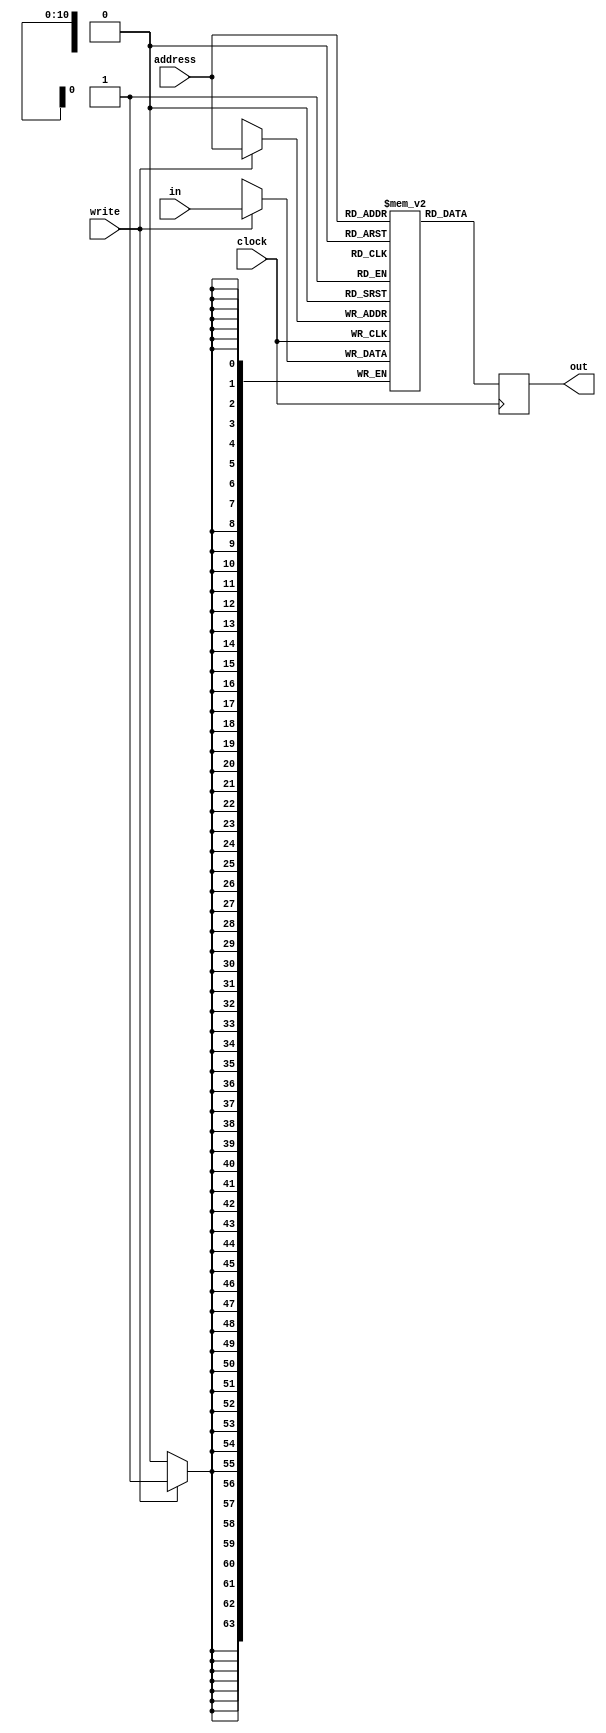
module GPUFramebuffer(address, clock, in, write, out);
	parameter framebufferSize = 1200;
	parameter framebufferSizeAddress = 11;
	
	input [framebufferSizeAddress-1:0] address;
	input clock;
	input [63:0] in;
	input write;
	
	output reg [63:0] out;
	
	reg [63:0] mem [0:framebufferSize-1]; // 600 64 bits for storing 2400 characters
	
	always @(negedge clock) begin
		if (write) begin
			mem[address] <= in;
		end
	end
	
	always @(negedge clock) begin
		out <= mem[address];
	end
	
endmodule